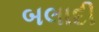
બલાદી